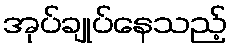
အုပ်ချုပ်နေသည့်